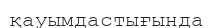
қауымдастығында